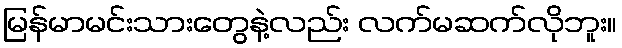
မြန်မာမင်းသားတွေနဲ့လည်း လက်မဆက်လိုဘူး။